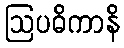
ဩပဓိကာနိ